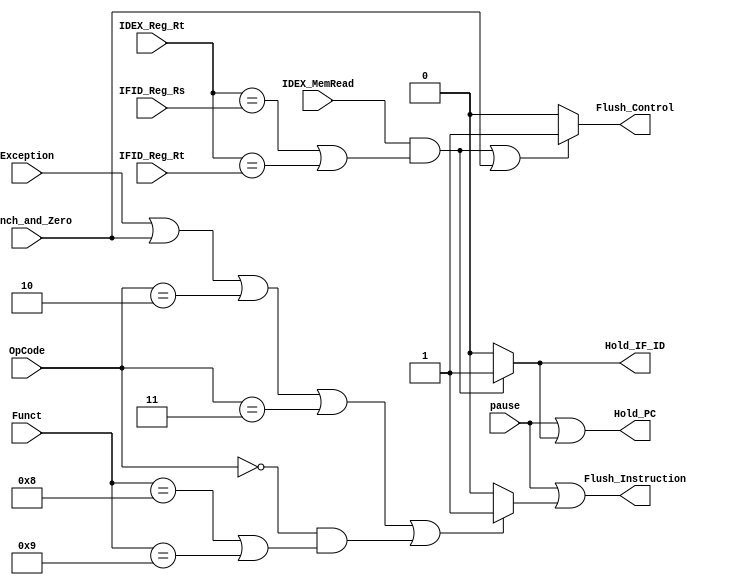
`timescale 1ns / 1ps
module Hazard(OpCode, Funct, Exception, Branch_and_Zero, IDEX_MemRead,
              IDEX_Reg_Rt, IFID_Reg_Rs, IFID_Reg_Rt, pause,
              Flush_Instruction, Flush_Control, Hold_PC, Hold_IF_ID);
    input [5:0] OpCode;
    input [5:0] Funct;
    input Exception;
    input Branch_and_Zero;
    input IDEX_MemRead;
    input [4:0] IDEX_Reg_Rt;
    input [4:0] IFID_Reg_Rs;
    input [4:0] IFID_Reg_Rt;
    input pause;
    output Flush_Instruction;
    output Flush_Control;
    output Hold_PC;
    output Hold_IF_ID;

    assign Flush_Instruction = pause || ((Exception || Branch_and_Zero || (OpCode == 6'h02) || (OpCode == 6'h03) || (OpCode == 6'h00 && ((Funct == 6'h08) || (Funct == 6'h09))))? 1'b1: 1'b0);
    assign Flush_Control = ((IDEX_MemRead && ((IDEX_Reg_Rt == IFID_Reg_Rs) || (IDEX_Reg_Rt == IFID_Reg_Rt))) || Branch_and_Zero)? 1'b1: 1'b0;
    assign Hold_PC = pause || ((IDEX_MemRead && ((IDEX_Reg_Rt == IFID_Reg_Rs) || (IDEX_Reg_Rt == IFID_Reg_Rt)))? 1'b1: 1'b0);
    assign Hold_IF_ID = (IDEX_MemRead && ((IDEX_Reg_Rt == IFID_Reg_Rs) || (IDEX_Reg_Rt == IFID_Reg_Rt)))? 1'b1: 1'b0;

endmodule